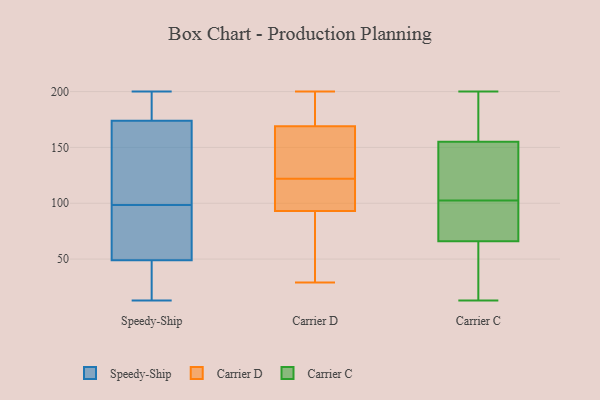
{"axis": {"x": "Website Visitors", "y": "Value"}, "legend": ["Carrier C", "Carrier D", "Speedy-Ship"], "data": [{"x": "", "y": 145, "type": "Speedy-Ship"}, {"x": "", "y": 133, "type": "Speedy-Ship"}, {"x": "", "y": 179, "type": "Speedy-Ship"}, {"x": "", "y": 174, "type": "Speedy-Ship"}, {"x": "", "y": 176, "type": "Speedy-Ship"}, {"x": "", "y": 15, "type": "Speedy-Ship"}, {"x": "", "y": 13, "type": "Speedy-Ship"}, {"x": "", "y": 86, "type": "Speedy-Ship"}, {"x": "", "y": 47, "type": "Speedy-Ship"}, {"x": "", "y": 41, "type": "Speedy-Ship"}, {"x": "", "y": 193, "type": "Speedy-Ship"}, {"x": "", "y": 57, "type": "Speedy-Ship"}, {"x": "", "y": 71, "type": "Speedy-Ship"}, {"x": "", "y": 101, "type": "Speedy-Ship"}, {"x": "", "y": 96, "type": "Speedy-Ship"}, {"x": "", "y": 200, "type": "Speedy-Ship"}, {"x": "", "y": 163, "type": "Speedy-Ship"}, {"x": "", "y": 49, "type": "Speedy-Ship"}, {"x": "", "y": 162, "type": "Carrier D"}, {"x": "", "y": 169, "type": "Carrier D"}, {"x": "", "y": 117, "type": "Carrier D"}, {"x": "", "y": 98, "type": "Carrier D"}, {"x": "", "y": 118, "type": "Carrier D"}, {"x": "", "y": 54, "type": "Carrier D"}, {"x": "", "y": 70, "type": "Carrier D"}, {"x": "", "y": 189, "type": "Carrier D"}, {"x": "", "y": 29, "type": "Carrier D"}, {"x": "", "y": 161, "type": "Carrier D"}, {"x": "", "y": 126, "type": "Carrier D"}, {"x": "", "y": 88, "type": "Carrier D"}, {"x": "", "y": 181, "type": "Carrier D"}, {"x": "", "y": 93, "type": "Carrier D"}, {"x": "", "y": 142, "type": "Carrier D"}, {"x": "", "y": 200, "type": "Carrier D"}, {"x": "", "y": 100, "type": "Carrier D"}, {"x": "", "y": 190, "type": "Carrier D"}, {"x": "", "y": 50, "type": "Carrier C"}, {"x": "", "y": 71, "type": "Carrier C"}, {"x": "", "y": 111, "type": "Carrier C"}, {"x": "", "y": 42, "type": "Carrier C"}, {"x": "", "y": 188, "type": "Carrier C"}, {"x": "", "y": 172, "type": "Carrier C"}, {"x": "", "y": 77, "type": "Carrier C"}, {"x": "", "y": 156, "type": "Carrier C"}, {"x": "", "y": 146, "type": "Carrier C"}, {"x": "", "y": 66, "type": "Carrier C"}, {"x": "", "y": 63, "type": "Carrier C"}, {"x": "", "y": 200, "type": "Carrier C"}, {"x": "", "y": 105, "type": "Carrier C"}, {"x": "", "y": 135, "type": "Carrier C"}, {"x": "", "y": 13, "type": "Carrier C"}, {"x": "", "y": 155, "type": "Carrier C"}, {"x": "", "y": 86, "type": "Carrier C"}, {"x": "", "y": 100, "type": "Carrier C"}]}